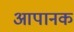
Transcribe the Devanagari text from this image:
आपानक